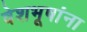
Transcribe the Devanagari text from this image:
वेशभूषांना